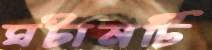
ঘটানটি